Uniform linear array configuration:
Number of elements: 24
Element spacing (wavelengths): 0.5
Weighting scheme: kaiser
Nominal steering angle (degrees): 45
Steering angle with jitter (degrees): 46.409
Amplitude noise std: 0.05
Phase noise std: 0.05

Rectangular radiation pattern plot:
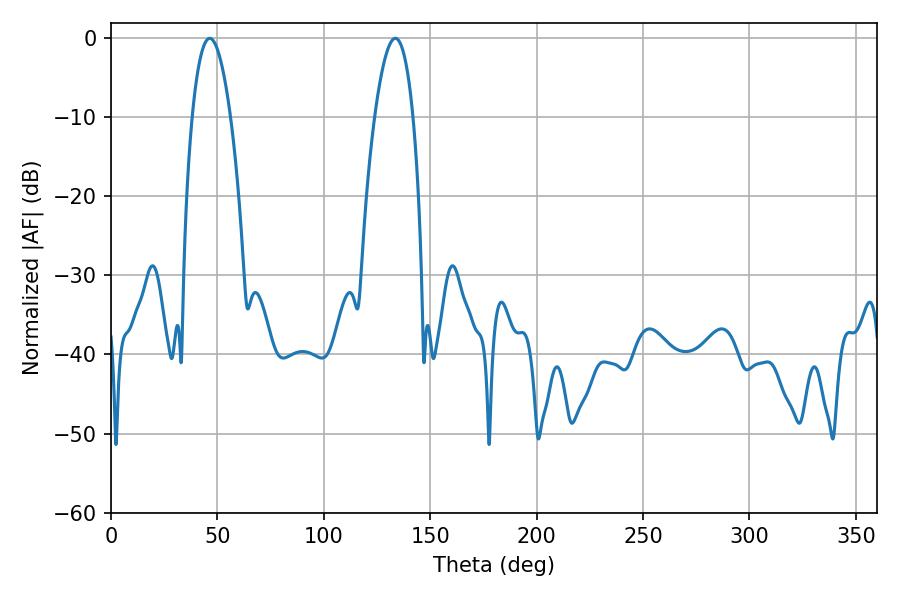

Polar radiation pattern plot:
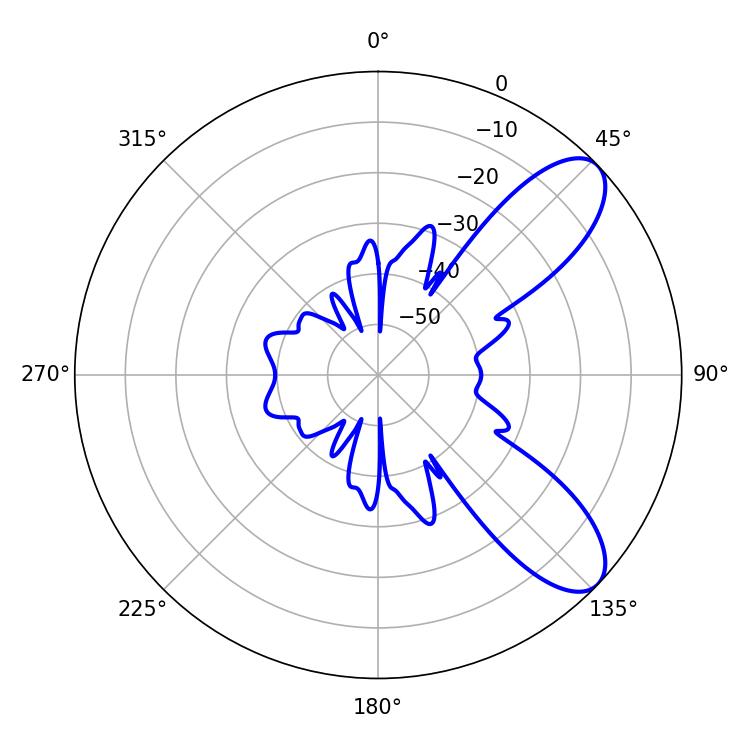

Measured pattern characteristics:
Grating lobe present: FALSE
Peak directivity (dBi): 8.681
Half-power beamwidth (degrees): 10.08
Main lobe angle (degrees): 46.44